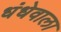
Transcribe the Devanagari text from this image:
धंधेवाला